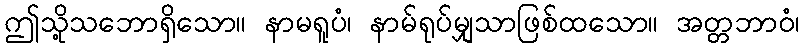
ဤသို့သဘောရှိသော။ နာမရူပံ၊ နာမ်ရုပ်မျှသာဖြစ်ထသော။ အတ္တဘာဝံ၊